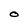
Character: O